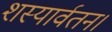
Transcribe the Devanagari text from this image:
शस्यार्वतन।